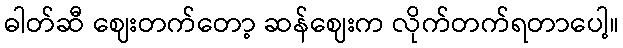
ဓါတ်ဆီ ဈေးတက်တော့ ဆန်ဈေးက လိုက်တက်ရတာပေါ့။